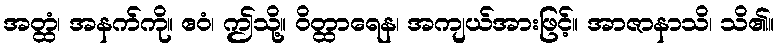
အတ္ထံ၊ အနက်ကို။ ဧဝံ၊ ဤသို့။ ဝိတ္ထာရေန၊ အကျယ်အားဖြင့်။ အာဇာနာသိ၊ သိ၏။